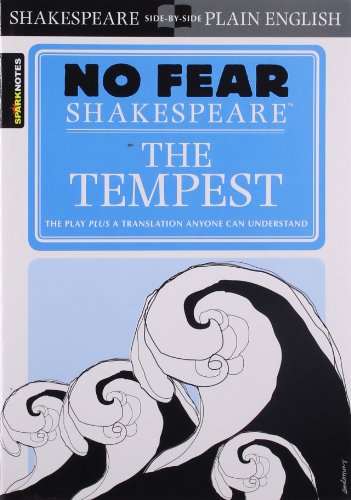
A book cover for The Tempest (No Fear Shakespeare); William Shakespeare; Literature & Fiction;